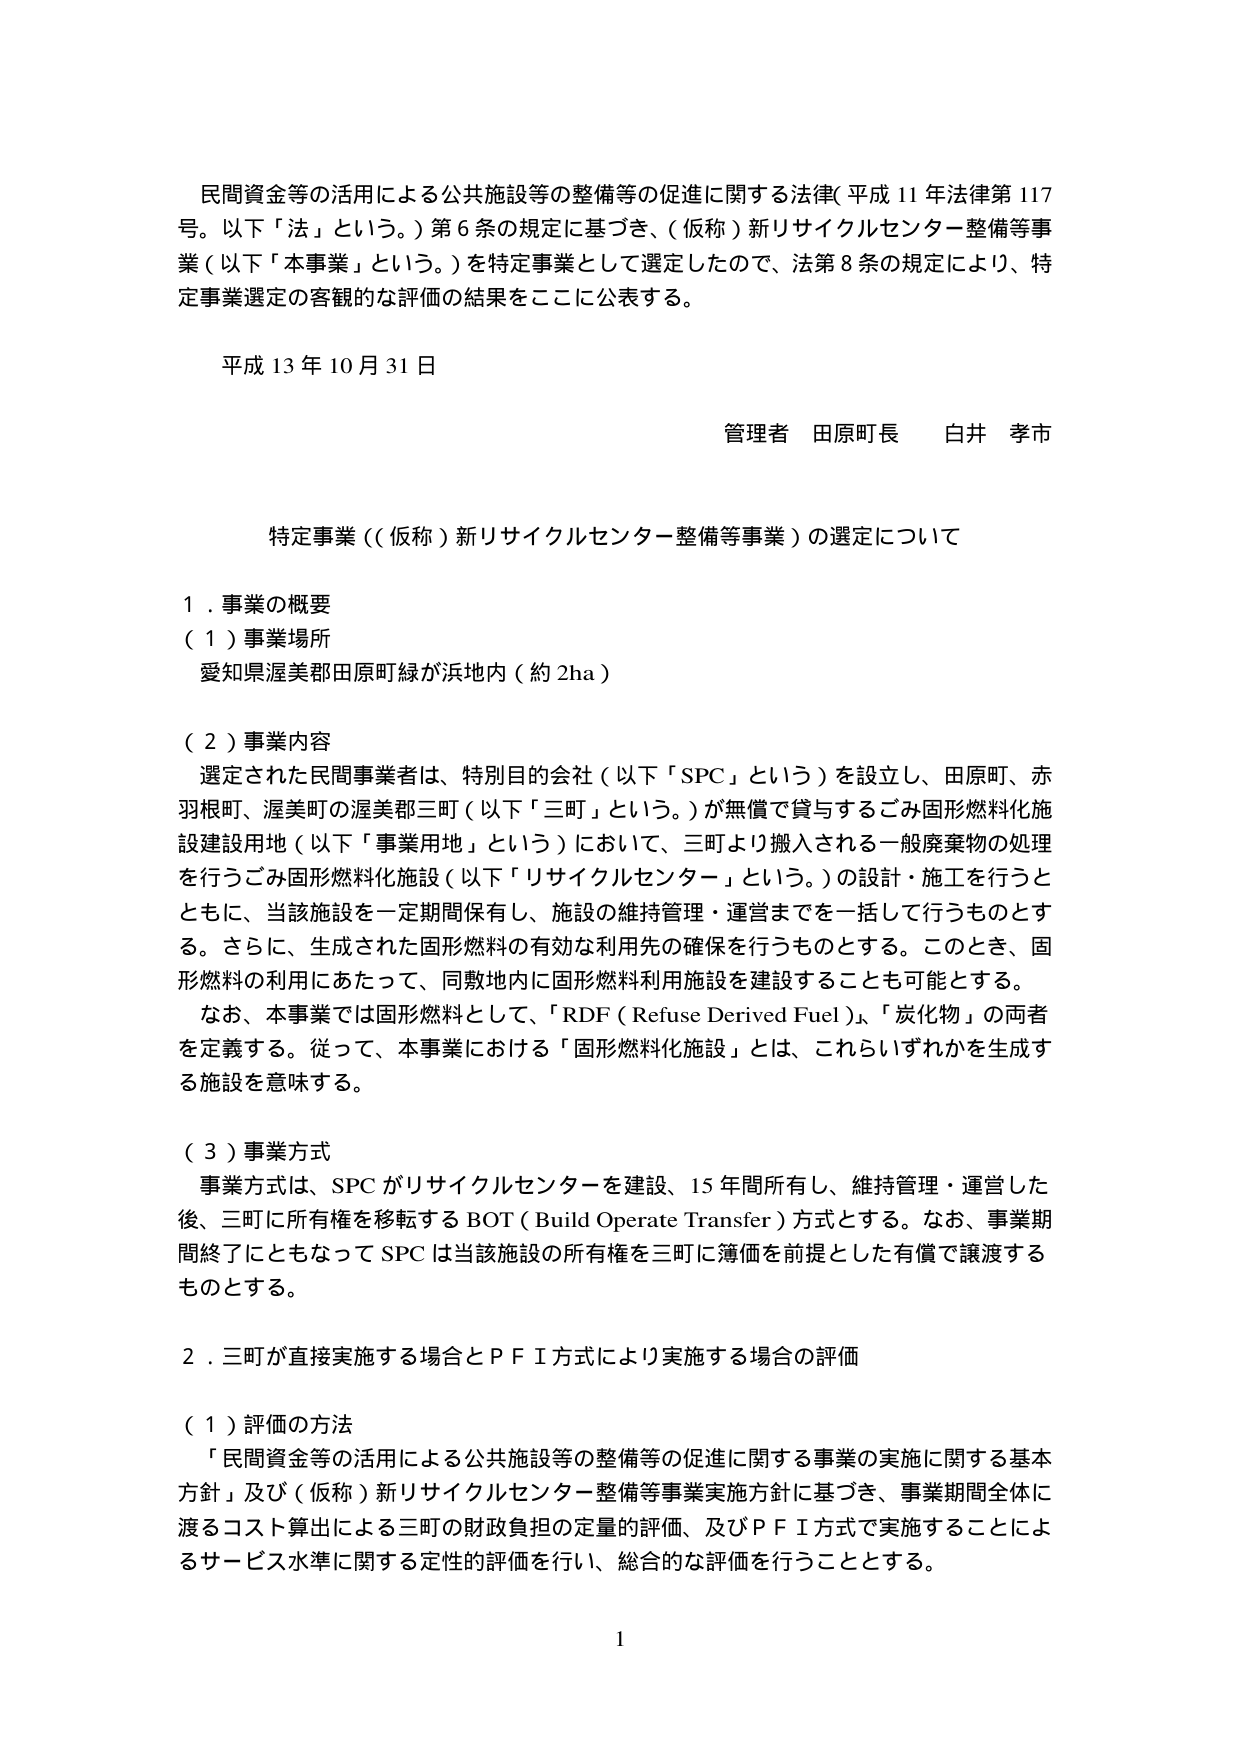
民間資金等の活用による公共施設等の整備等の促進に関する法律（平成11年法律第117号。以下「法」という。）第6条の規定に基づき、（仮称）新リサイクルセンター整備等事業（以下「本事業」という。）を特定事業として選定したので、法第8条の規定により、特定事業選定の客観的な評価の結果をここに公表する。

平成13年10月31日

管理者 田原町長 白井 孝市

特定事業（（仮称）新リサイクルセンター整備等事業）の選定について

１．事業の概要
（１）事業場所
愛知県渥美郡田原町緑が浜地内（約2ha）

（２）事業内容
選定された民間事業者は、特別目的会社（以下「SPC」という）を設立し、田原町、赤羽根町、渥美町の渥美郡三町（以下「三町」という。）が無償で貸与するごみ固形燃料化施設建設用地（以下「事業用地」という）において、三町より搬入される一般廃棄物の処理を行うごみ固形燃料化施設（以下「リサイクルセンター」という。）の設計・施工を行うとともに、当該施設を一定期間保有し、施設の維持管理・運営までを一括して行うものとする。さらに、生成された固形燃料の有効な利用先の確保を行うものとする。このとき、固形燃料の利用にあたって、同敷地内に固形燃料利用施設を建設することも可能とする。
なお、本事業では固形燃料として、「RDF（Refuse Derived Fuel）」、「炭化物」の両者を定義する。従って、本事業における「固形燃料化施設」とは、これらいずれかを生成する施設を意味する。

（３）事業方式
事業方式は、SPCがリサイクルセンターを建設、15年間所有し、維持管理・運営した後、三町に所有権を移転するBOT（Build Operate Transfer）方式とする。なお、事業期間終了にともなってSPCは当該施設の所有権を三町に簿価を前提とした有償で譲渡するものとする。

２．三町が直接実施する場合とＰＦＩ方式により実施する場合の評価

（１）評価の方法
「民間資金等の活用による公共施設等の整備等の促進に関する事業の実施に関する基本方針」及び（仮称）新リサイクルセンター整備等事業実施方針に基づき、事業期間全体に渡るコスト算出による三町の財政負担の定量的評価、及びＰＦＩ方式で実施することによるサービス水準に関する定性的評価を行い、総合的な評価を行うこととする。

1